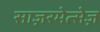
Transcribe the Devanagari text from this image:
साज़रमेत्सेज़